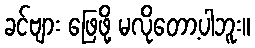
ခင်ဗျား ဖြေဖို့ မလိုတော့ပါဘူး။